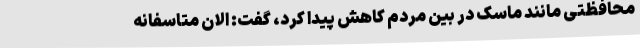
محافظتی مانند ماسک در بین مردم کاهش پیدا کرد، گفت:‌ الان متاسفانه